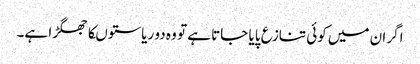
اگر ان میں کوئی تنازع پایا جاتا ہے تو وہ دو ریاستوںکا جھگڑا ہے۔